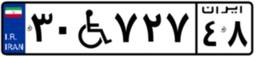
۶۳W۳۷۸۱۹